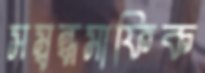
সম্বন্ধমাফিক